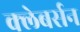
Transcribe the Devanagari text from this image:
क्लेबर्सन